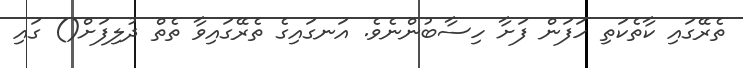
ތެރޭގައި ކާތެކަތި ހަފަން ފަށާ ހިސާބުންނެވެ. އަނގައިގެ ތެރޭގައިވާ ތެތް ދުލިފަށް() ގައި